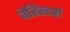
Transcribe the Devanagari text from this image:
वेरिस्टरों